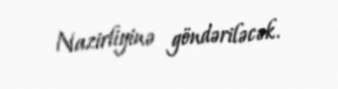
Nazirliyinə göndəriləcək.